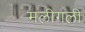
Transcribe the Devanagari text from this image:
मलीगली